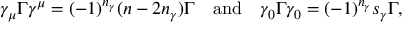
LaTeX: \gamma _ { \mu } \Gamma \gamma ^ { \mu } = ( - 1 ) ^ { n _ { \gamma } } ( n - 2 n _ { \gamma } ) \Gamma \quad \mathrm { a n d } \quad \gamma _ { 0 } \Gamma \gamma _ { 0 } = ( - 1 ) ^ { n _ { \gamma } } s _ { \gamma } \Gamma ,